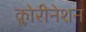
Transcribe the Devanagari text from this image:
क्लोरीनेशन